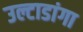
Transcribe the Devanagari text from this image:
उल्टाडांगा